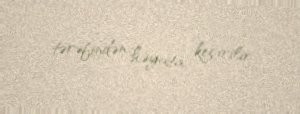
tərəfindən həyata keçirilir.